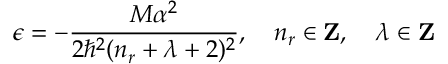
\epsilon = - \frac { M \alpha ^ { 2 } } { 2 \hbar ^ { 2 } ( n _ { r } + \lambda + 2 ) ^ { 2 } } , \, \, \, \, \, \, n _ { r } \in \mathrm { { \bf Z } } , \, \, \, \, \, \, \lambda \in \mathrm { { \bf Z } }